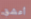
أعشق